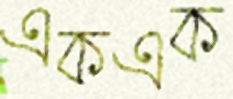
একএক